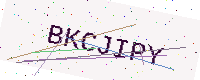
Text: BKCJIPY